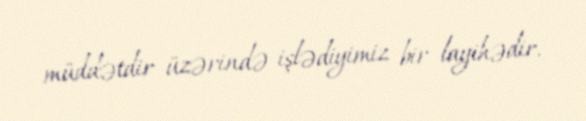
müddətdir üzərində işlədiyimiz bir layihədir.